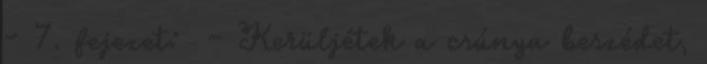
- 7. fejezet: - Kerüljétek a csúnya beszédet,